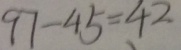
9 7 - 4 5 = 4 2